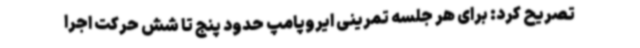
تصریح کرد: برای هر جلسه تمرینی ایروپامپ حدود پنج تا شش حرکت اجرا